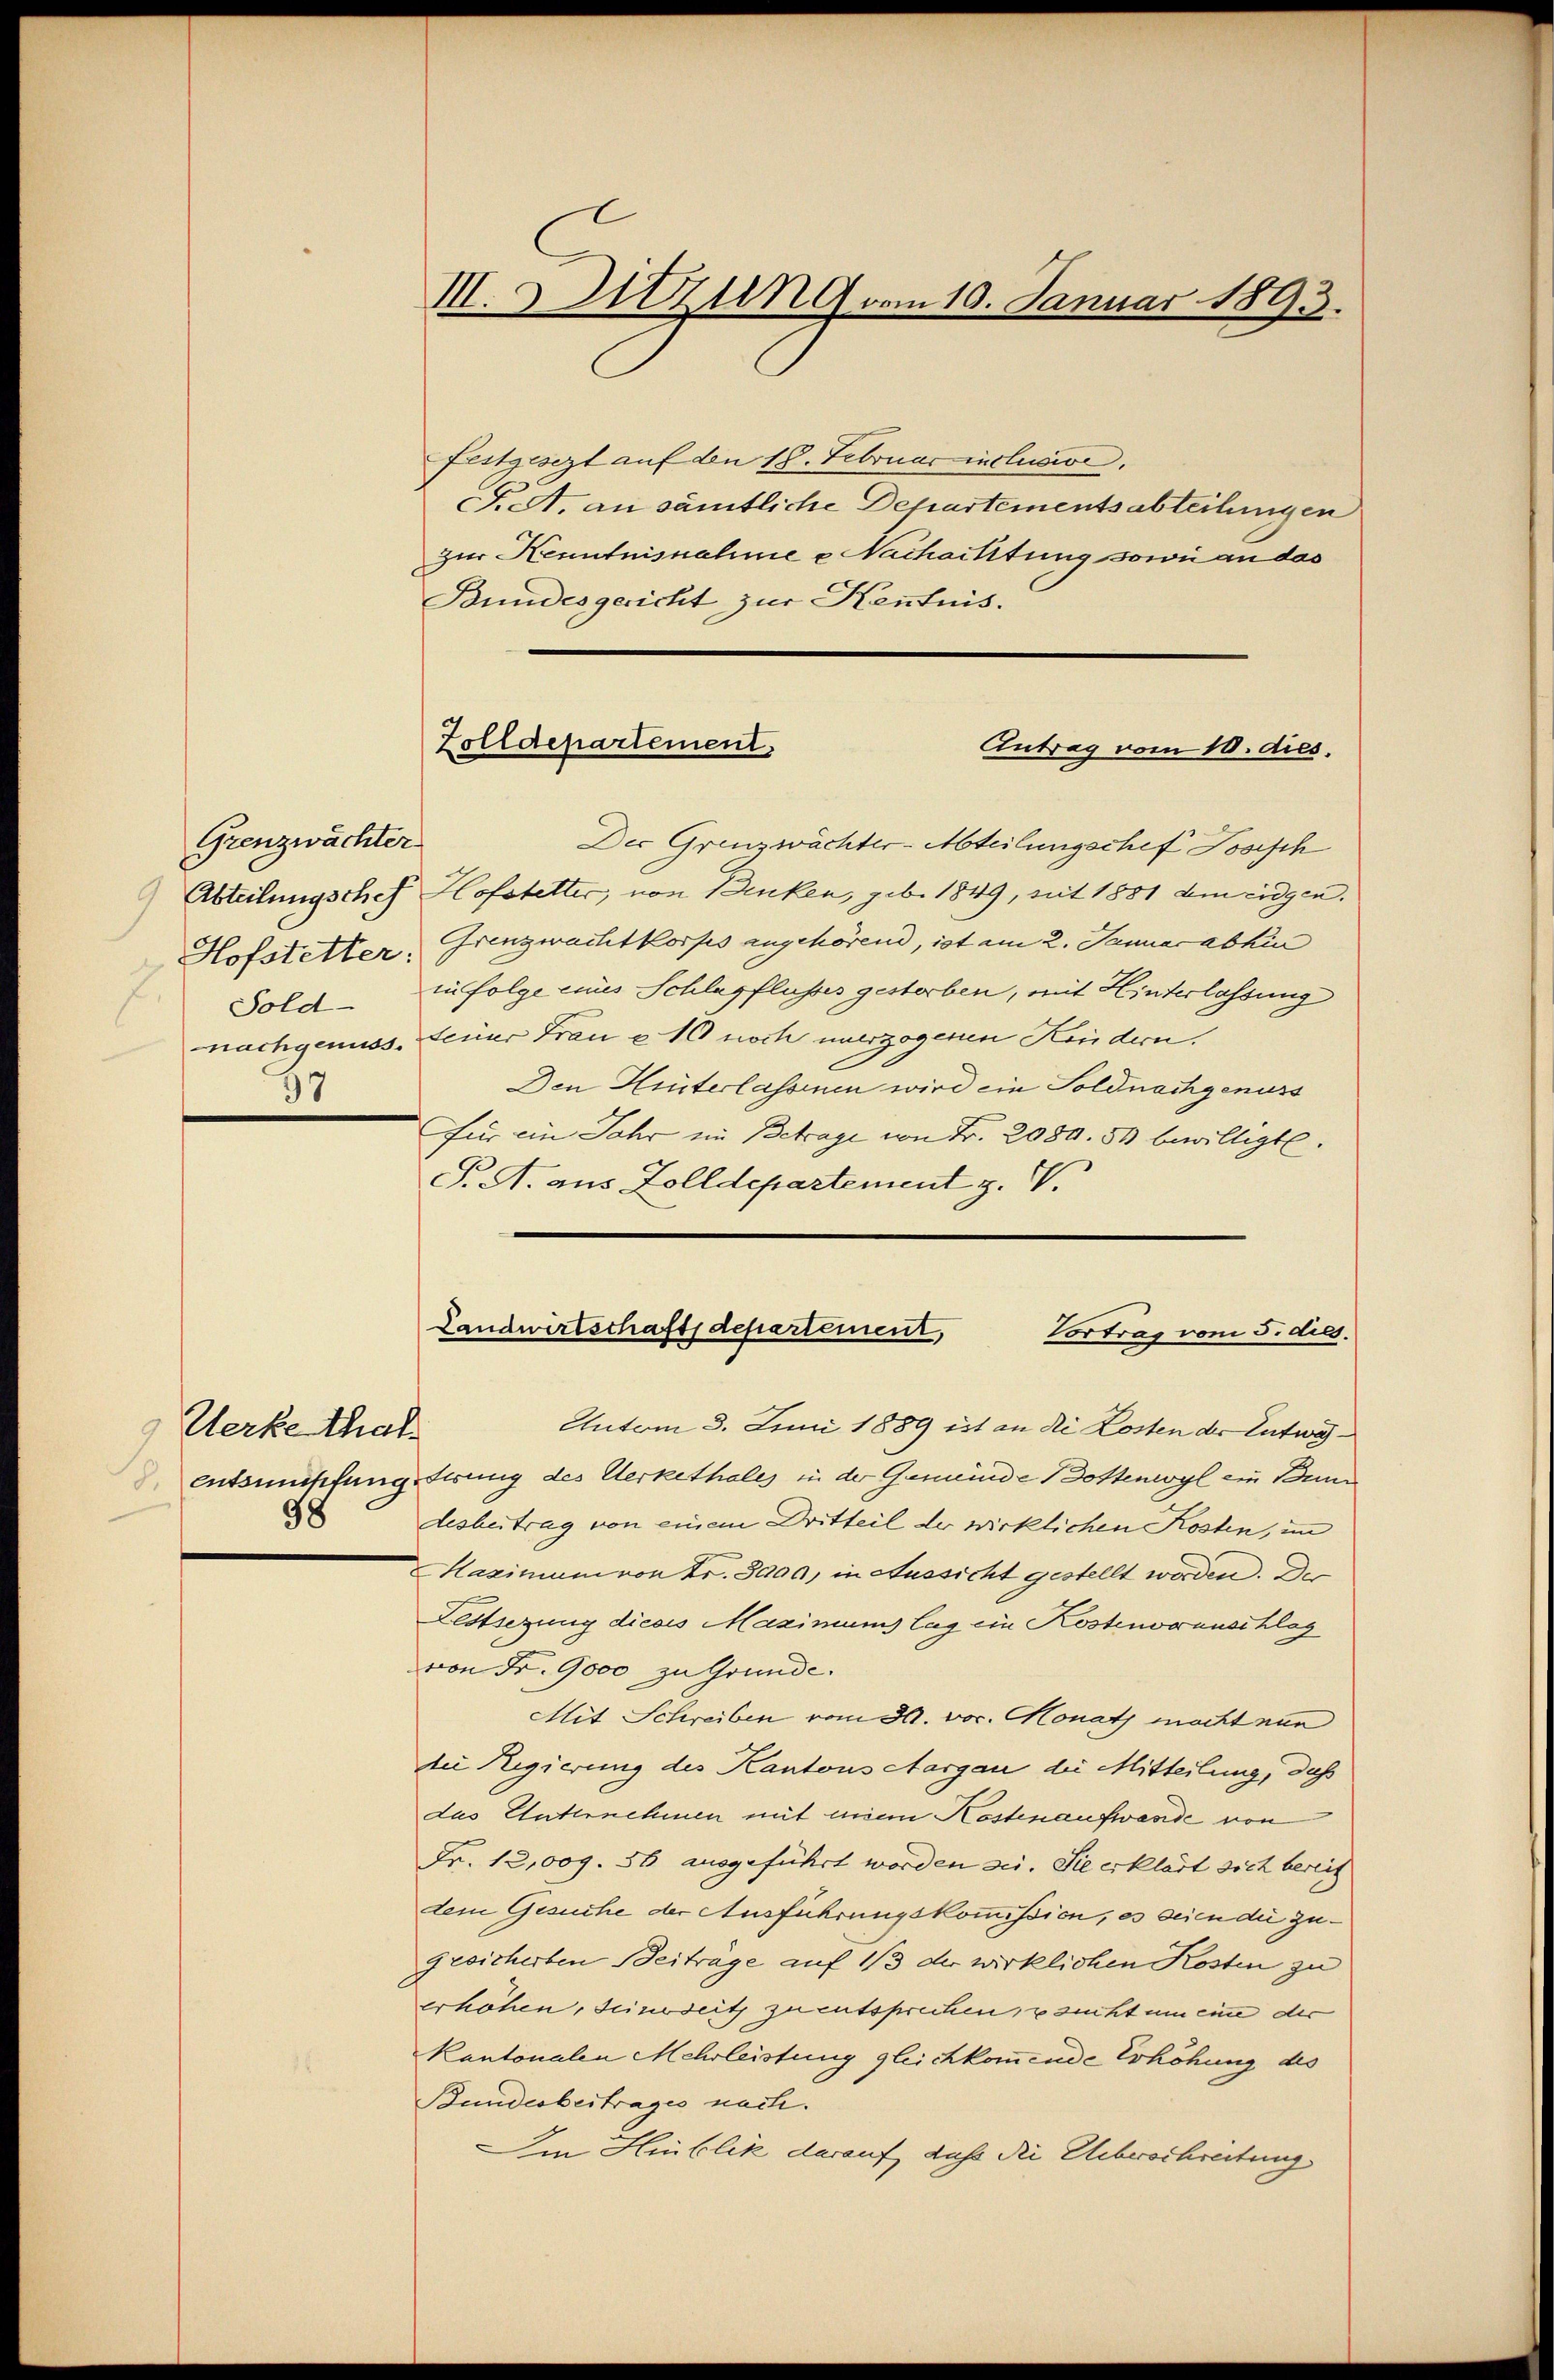
Grenzwächter
Abteilungschef
.
Sold-
37

Kerke that
98

III. 3. Sitzung vom 10. Januar 1893.

Zolldepartement.
Antrag vom 10. dies.

Festgesezt auf den 18. Februar inclusie
F. A. an sämtliche Departementsabteilungen
zur Kenntnisnahme e Nachaititung sowie an das
Bundesgericht zur Kenntnis.
Der Grenzwächter-Abteilungschef Josisch
Hofstetter, von Denken, geb. 1849, mit 1881 am eidgen.
Hofstetter. Grenzwachtkorfes angehörend, ist am 2. Januar abhin
in folge eines Schlagflusses gestorben, mit Hinterlassung
nachgenuss, feiner Frau e 10 noch unerzogenen Kindern.
Den Hinterlassenen wird ein Soldnachgenuss
Für ein Jahr im Betrage von Fr. 2080. 53 bewilligte.
T. A. aus Zolldepartement z. V.
Landwirtschaftsdepartement,
Vortrag vom 5. dies.
Untom 3. Juni 1889 ist an die Kosten der Entweentsumpfungierung des Verkethales in der Gemeinde Bottenwyl ein Bun
desbeitrag von einem Dritteil der wirklichen Kosten, im
Haximum von Fr. 3000, in Aussicht gestellt worden. Der
Lestsezung dieses Maximums lag ein Kostenoranschlag
von Fr. 9000 zu Grunde.
Mit Schreiben vom 30. vor. Monath möcht nun
die Regierung des Kantons Aargau die Mitteilung, daß
das Unternehmen mit einen Kostenaufwande von
Fr. 12,009. 36 ausgeführt worden sei. Sie erklärt sich bereit
dem Gesuche der Ausführungskommißion, es seien die zugesicherten Beiträge auf 1/3 der wirklichen Kosten zu
erhöhen, seinerseit zu entsprechen sucht um eine der
Kantonalen Mehrleistung gleichkommende Erhöhung des
Bundesbeitrages nach.
Im Hinblik darauf, daß die Ueberschreitung